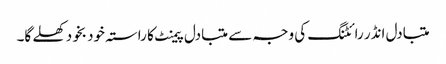
متبادل انڈر رائٹنگ کی وجہ سے متبادل پیمنٹ کا راستہ خود بخود کھلے گا۔